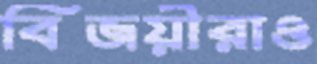
বিজয়ীরাও